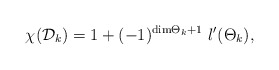
\begin{align*}\chi ({\cal D}_{k}) =1 + (-1)^{{\rm dim}{{\Theta}_{k}} + 1}\ l^{\prime} ({{\Theta}_{k}}),\end{align*}